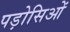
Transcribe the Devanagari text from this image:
पड़ोसिओं